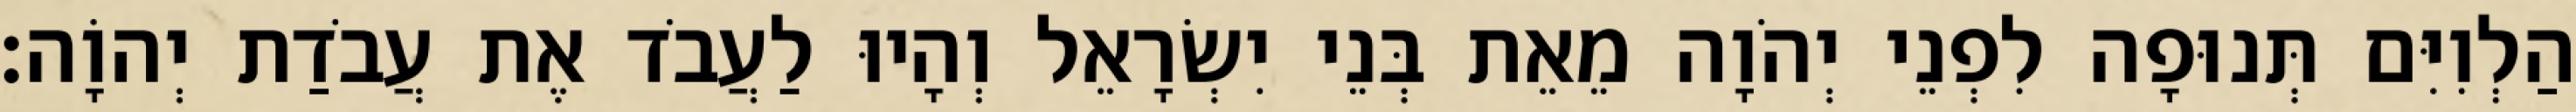
הַלְוִיִּם תְּנוּפָה לִפְנֵי יְהֹוָה מֵאֵת בְּנֵי יִשְׂרָאֵל וְהָיוּ לַעֲבֹד אֶת עֲבֹדַת יְהוָֹה׃